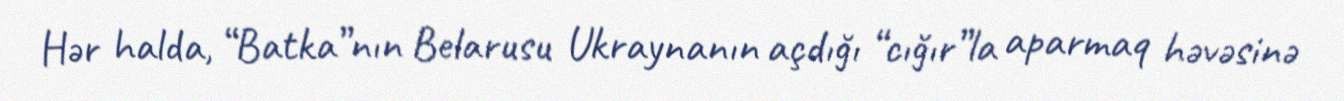
Hər halda, “Batka”nın Belarusu Ukraynanın açdığı “cığır”la aparmaq həvəsinə